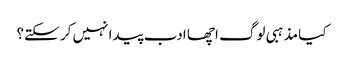
کیا مذہبی لوگ اچھا ادب پیدا نہیں کر سکتے؟